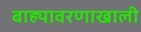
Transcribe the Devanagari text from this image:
बाह्यावरणाखाली